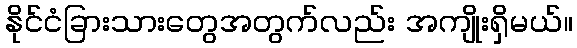
နိုင်ငံခြားသားတွေအတွက်လည်း အကျိုးရှိမယ်။